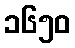
၁၆၅၀